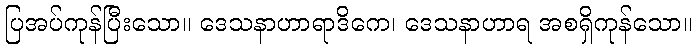
ပြအပ်ကုန်ပြီးသော။ ဒေသနာဟာရာဒိကေ၊ ဒေသနာဟာရ အစရှိကုန်သော။